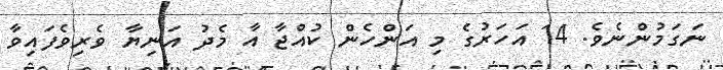
ނަގަމުންނެވެ. 14 އަހަރުގެ މި އަންހެން ކުއްޖާ އާ މެދު އަނިޔާ ވެރިވެފައިވާ